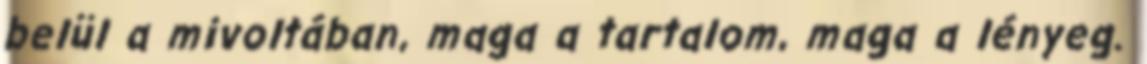
belül a mivoltában, maga a tartalom, maga a lényeg.